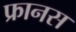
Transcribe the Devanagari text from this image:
फ्रानस